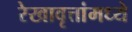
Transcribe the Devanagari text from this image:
रेखावृत्तांमध्ये